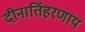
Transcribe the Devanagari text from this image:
दीनार्तिहरणाय